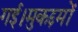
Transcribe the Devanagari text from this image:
गई।मुकद्दमों